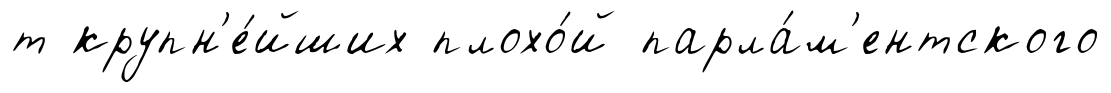
т крупн'е́йших плохо́й парла́м'ентского